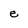
Character: e